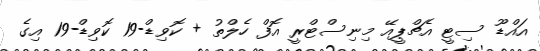
އައްޑޫ ސިޓީ އެޗްޕީއޭ މިނިސްޓްރީ އޮފް ހެލްތު + ކޮވިޑް-19 ކޮވިޑް-19 އިގެ